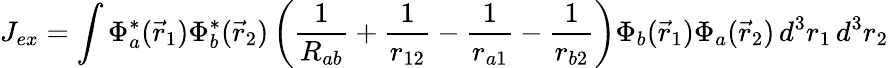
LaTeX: J_{ex}=\int\Phi_{a}^{*}({\vec{r}}_{1})\Phi_{b}^{*}({\vec{r}}_{2})\left({\frac{1}{R_{ab}}}+{\frac{1}{r_{12}}}-{\frac{1}{r_{a1}}}-{\frac{1}{r_{b2}}}\right)\Phi_{b}({\vec{r}}_{1})\Phi_{a}({\vec{r}}_{2})\, d^{3}r_{1}\, d^{3}r_{2}